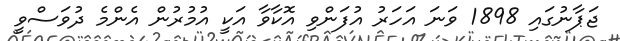
ޖަޕާނުގައި 1898 ވަނަ އަހަރު އުފަންވި އޮކާވާ އަކީ އުމުރުން އެންމެ ދުވަސްވީ